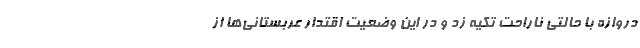
دروازه با حالتی ناراحت تکیه زد و در این وضعیت اقتدار عربستانی‌ها از